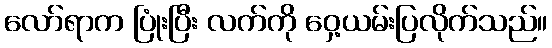
လော်ရာက ပြုံးပြီး လက်ကို ဝှေ့ယမ်းပြလိုက်သည်။